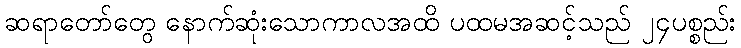
ဆရာတော်တွေ နောက်ဆုံးသောကာလအထိ ပထမအဆင့်သည် ၂၄ပစ္စည်း